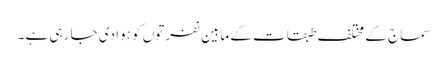
سماج کے مختلف طبقات کے مابین نفرتوں کو ہوا دی جا رہی ہے ۔